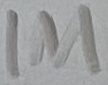
Text: 1M